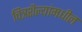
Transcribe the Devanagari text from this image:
चित्रशैल्यांमधील